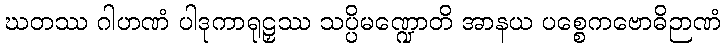
ဃတဿ ဂါဟဏံ ပါဒုကာရုဠှဿ သပ္ပိမဏ္ဍောတိ အာနယ ပစ္စေကဗောဓိဉာဏံ